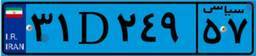
۸۲D۲۰۲۶۰